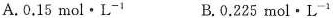
A. 0 . 1 5 m o l \cdot L ^ { - 1 } B. 0 . 2 25 m o l \cdot L ^ { - 1 }